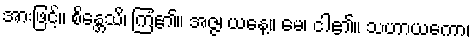
အားဖြင့်။ စိန္တေသိ၊ ကြံ၏။ အဇ္ဇ၊ ယနေ့။ မေ၊ ငါ၏။ သဟာယကော၊